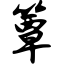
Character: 簟